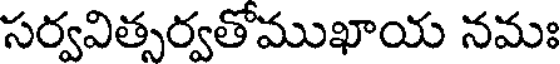
సర్వవిత్సర్వతోముఖాయ నమః